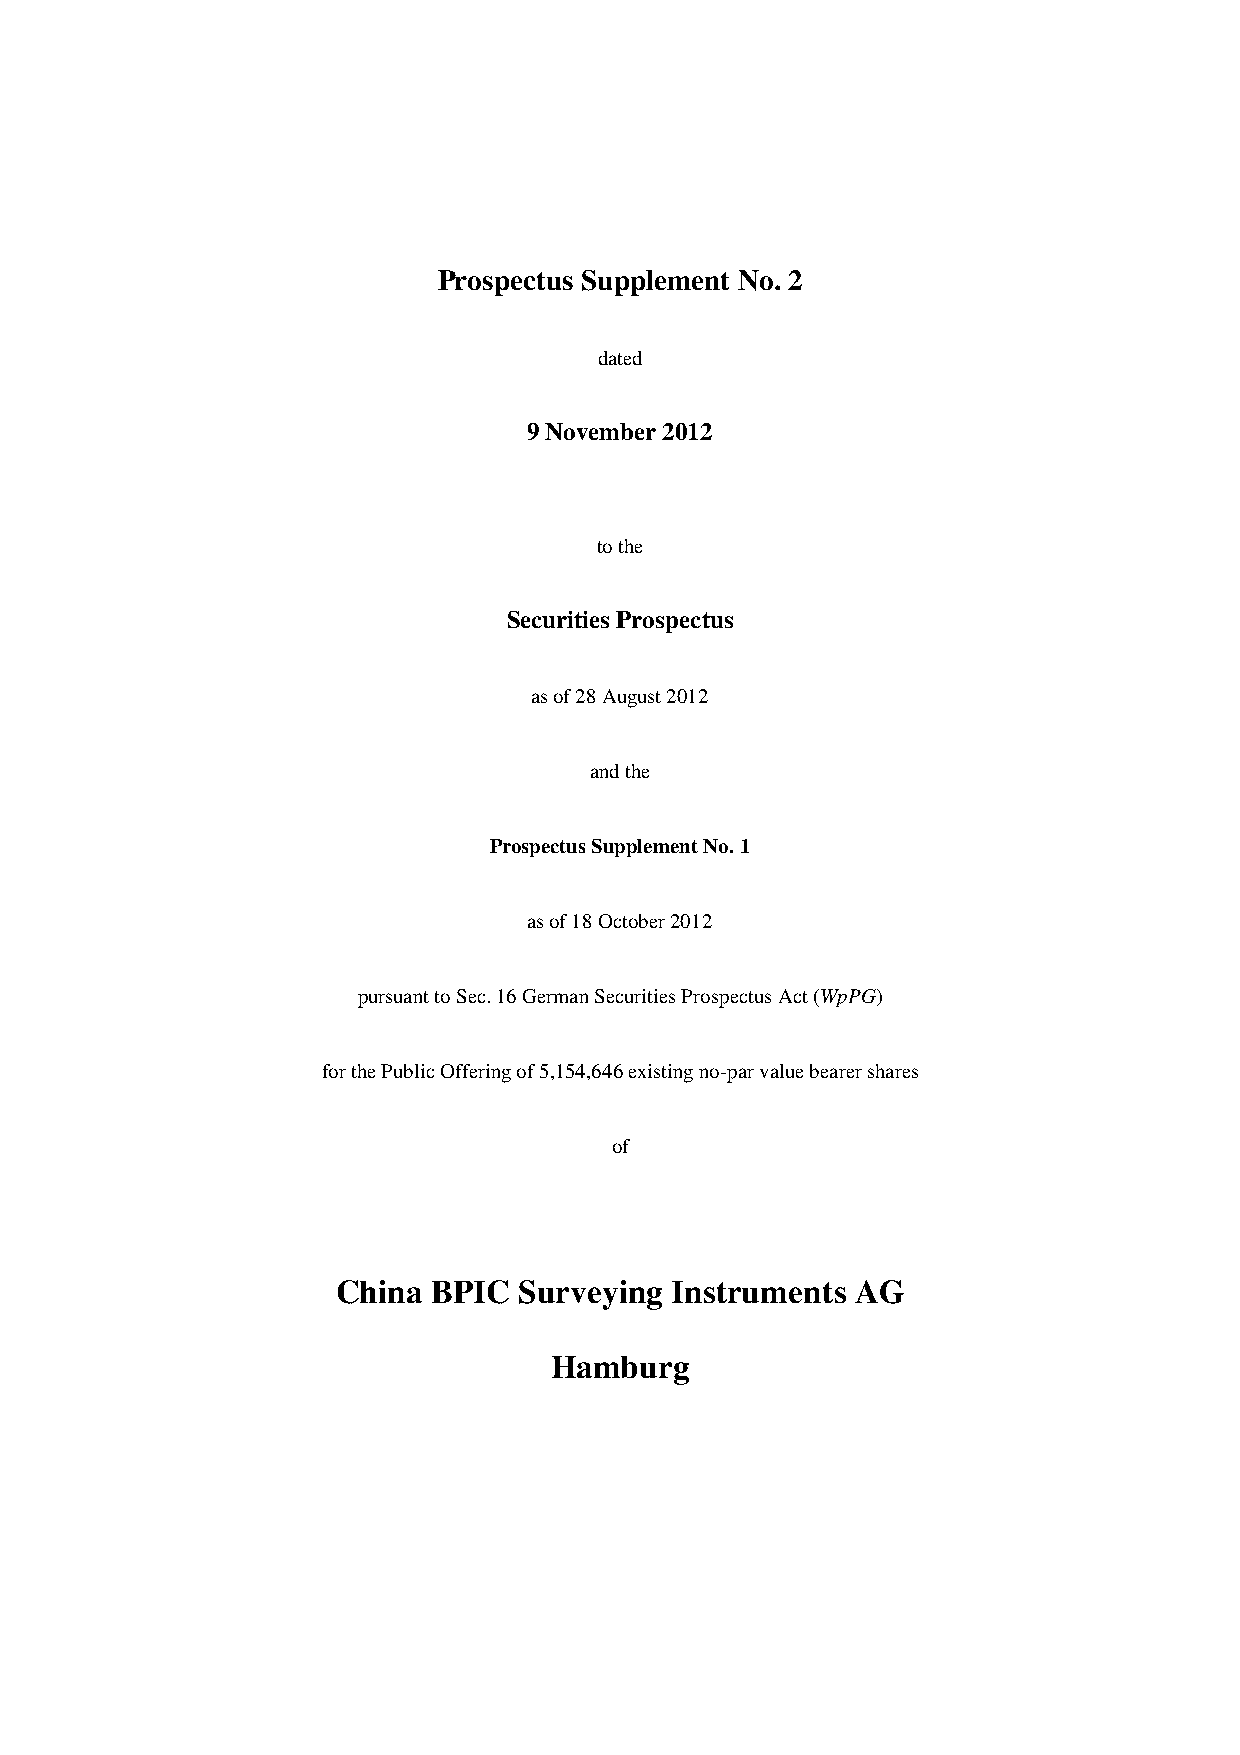
Prospectus Supplement No. 2
 dated
 9 November 2012
 to the
 Securities Prospectus
 as of 28 August 2012
 and the
 Prospectus Supplement No. 1
 as of 18 October 2012
 pursuant to Sec. 16 German Securities Prospectus Act (WpPG)
 for the Public Offering of 5,154,646 existing no-par value bearer shares
 of
 China  BPIC Surveying Instruments  AG
 Hamburg